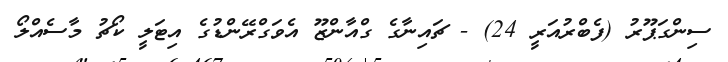
ސިންގަޕޫރު (ފެބްރުއަރީ 24) - ޗައިނާގެ ގްއާންޒޫ އެވަގްރޭންޑުގެ އިޓަލީ ކޯޗު މާސެއްލޯ